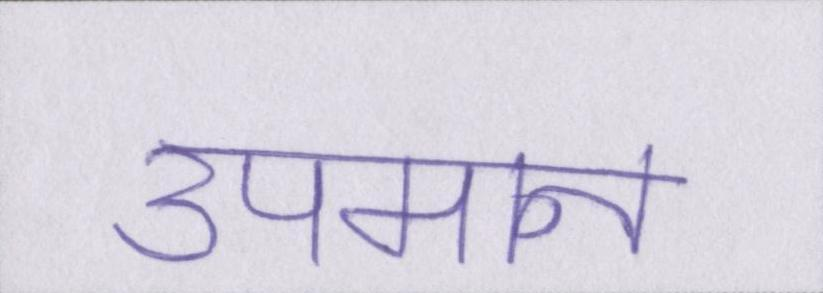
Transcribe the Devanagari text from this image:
उपमान